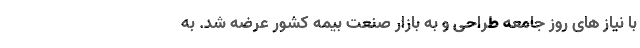
با نیاز های روز جامعه طراحی و به بازار صنعت بیمه کشور عرضه شد. به